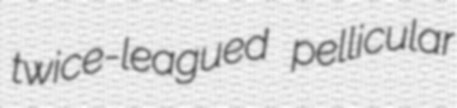
twice-leagued pellicular